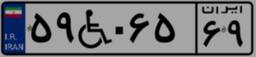
۵۹W۰۶۵۶۹